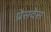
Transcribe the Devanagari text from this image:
प्रेसदेस